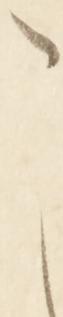
こ